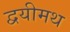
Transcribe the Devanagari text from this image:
द्वयीमथ